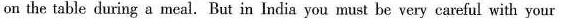
on the table during a meal. But in India you must be very careful with your